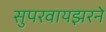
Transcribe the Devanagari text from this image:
सुपरवायझरने